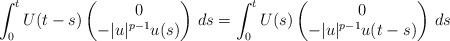
LaTeX: \begin{align*} \int_0^t U(t-s) \begin{pmatrix} 0\\ -|u|^{p-1}u(s) \end{pmatrix} \,ds = \int_0^t U(s) \begin{pmatrix} 0\\ -|u|^{p-1}u(t-s) \end{pmatrix} \,ds\end{align*}